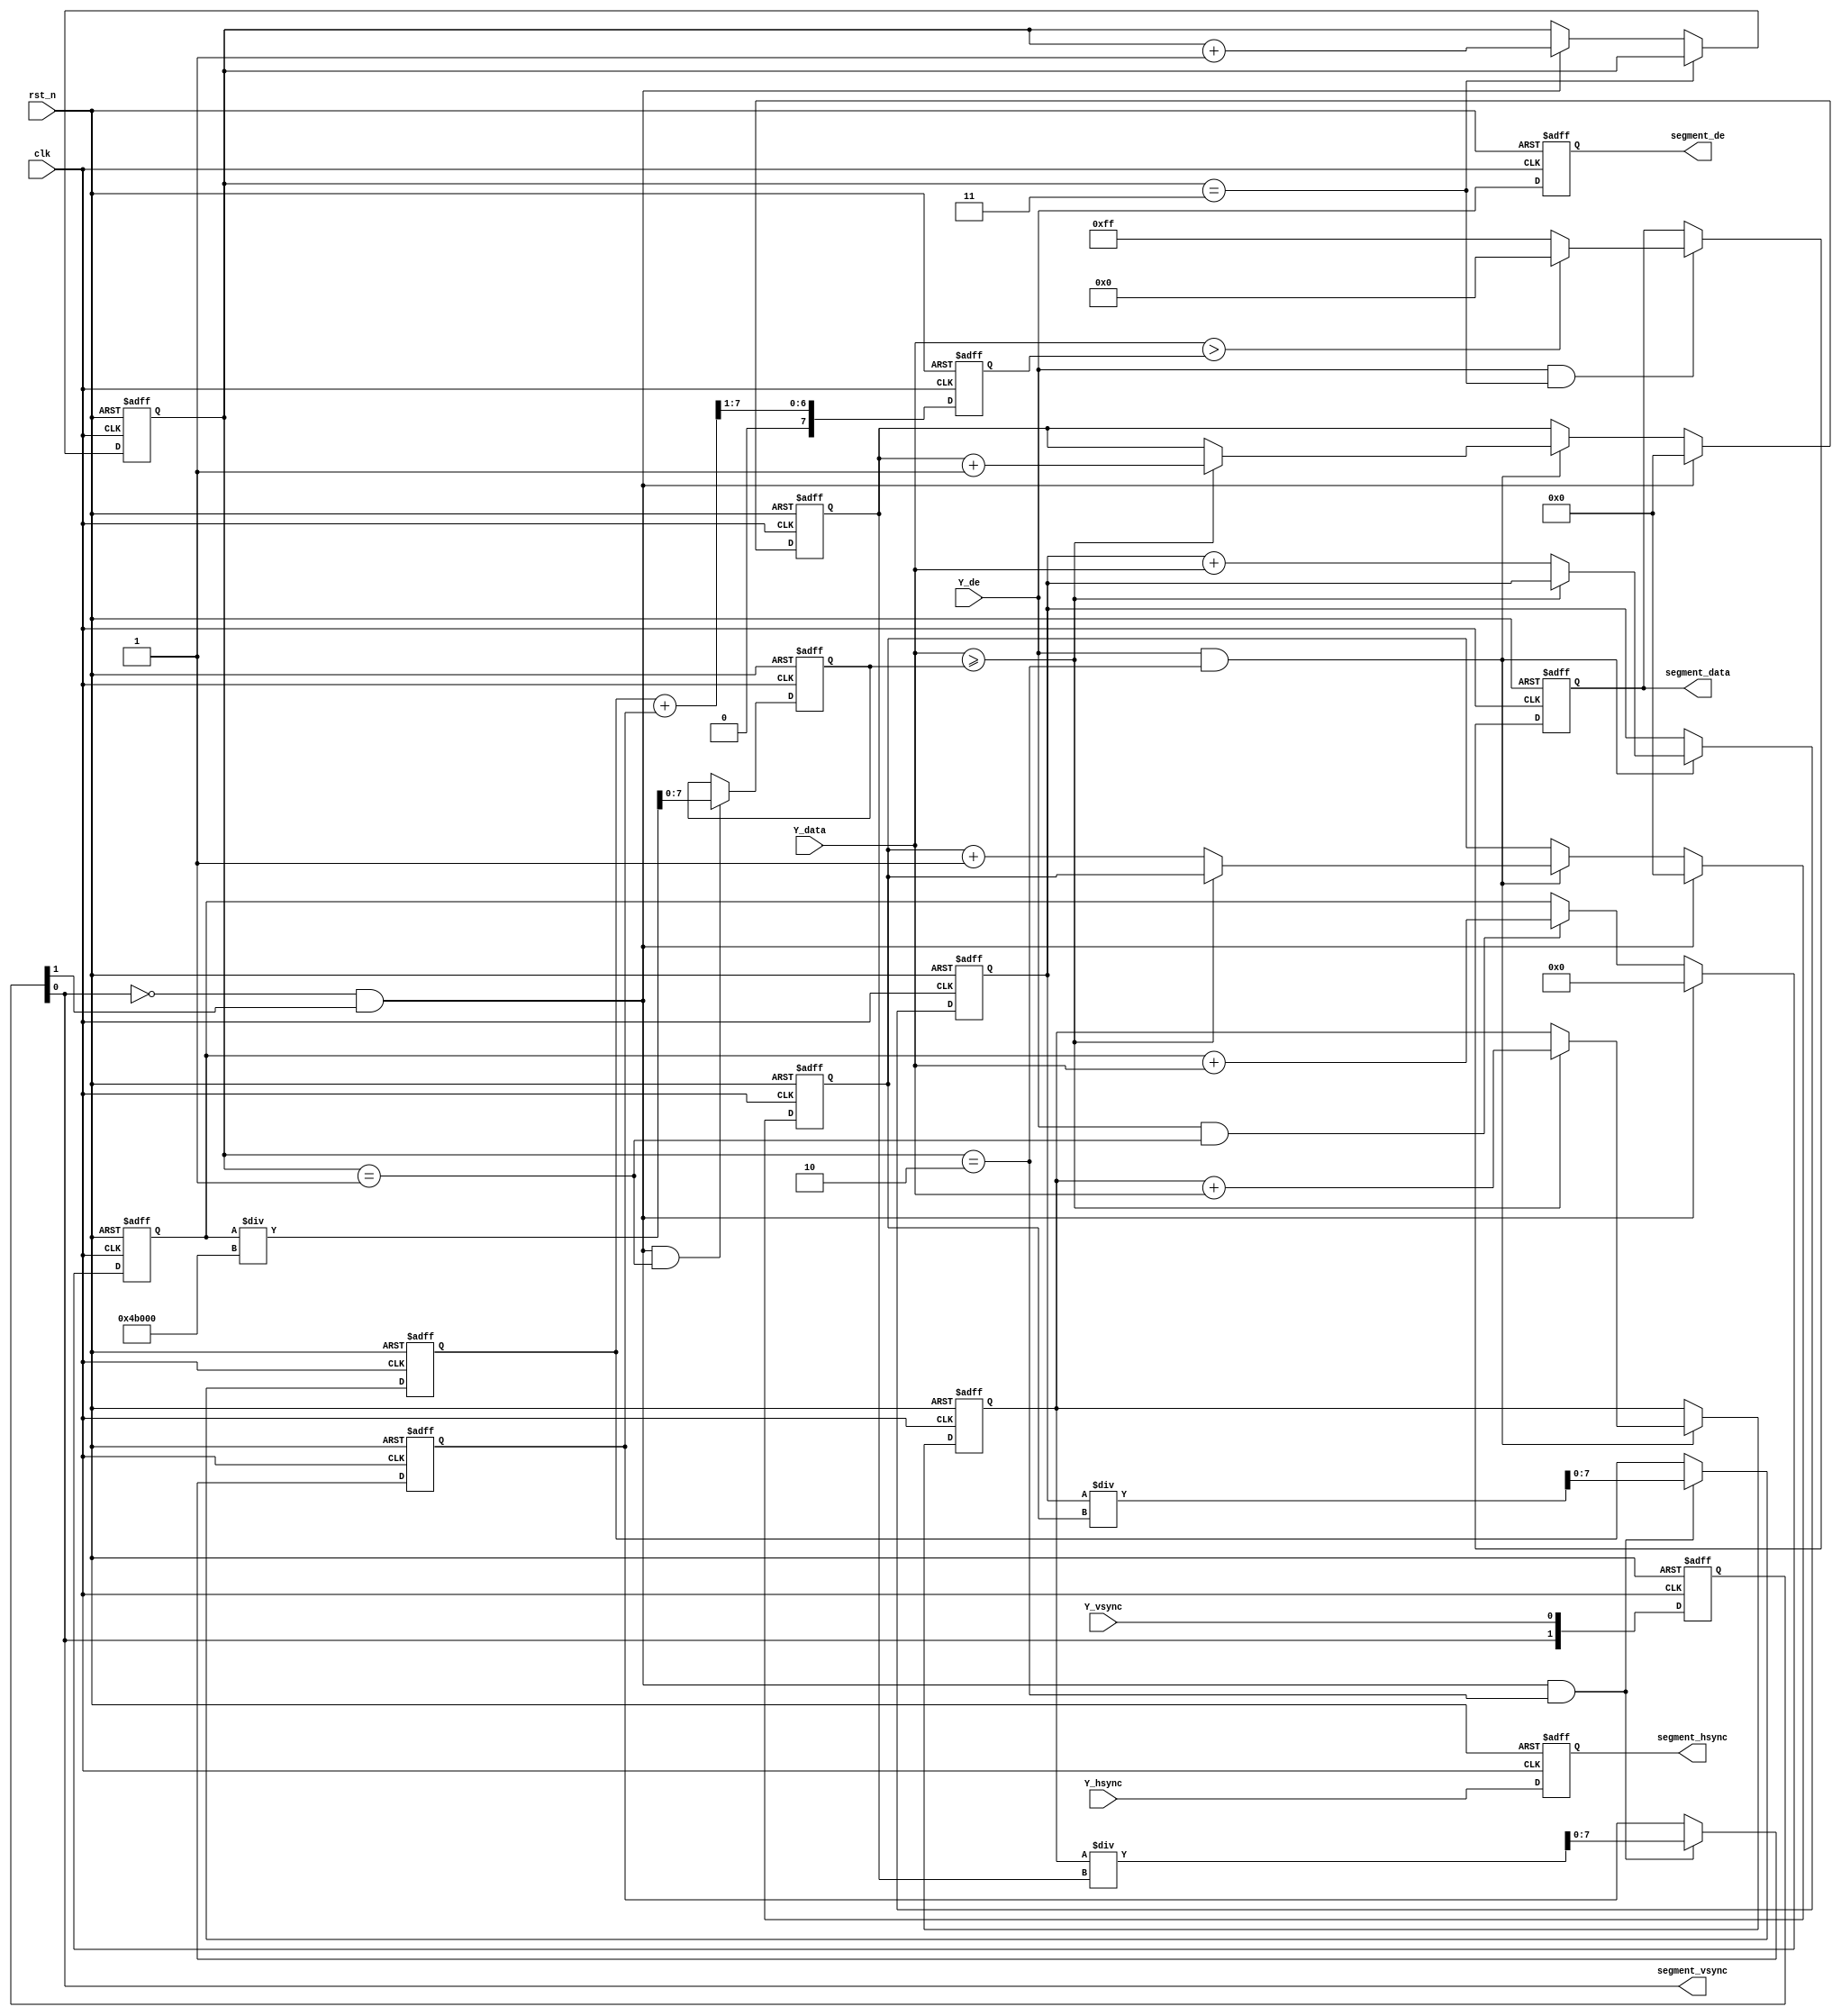
// 

module glb_segment #
(
    parameter H_DISP            = 12'd640       ,   //
    parameter V_DISP            = 12'd480           //
)
(
    input   wire                clk             ,
    input   wire                rst_n           ,
    input   wire                Y_hsync         ,   //Y
    input   wire                Y_vsync         ,   //Y
    input   wire    [ 7:0]      Y_data          ,   //Y
    input   wire                Y_de            ,   //Y

//    input   wire    [ 7:0]      value           ,   //sobel

    output  wire                segment_hsync     ,   //
    output  wire                segment_vsync     ,   //
    output  reg     [ 7:0]      segment_data      ,   //
    output  wire                segment_de            //

);

reg     [31:0]      sum_pixel;
wire    [31:0]      divisor = H_DISP*V_DISP;

//wire                mean_pixel_vld,m1_vld ,m2_vld ;//
//wire    [63:0]      div_out1,div_out2,div_out3;//
reg     [ 7:0]      mean_pixel=8'd0;// 
reg     [ 7:0]      m1_data,m2_data;// 
reg     [31:0]      under_sum,over_sum;
reg     [23:0]      under_sum_cnt,over_sum_cnt;
reg     [ 7:0]      threshold;

//************************************************************//
// 
parameter DLY_CYCLE = 2 ;

reg     [DLY_CYCLE-1:0]      Y_de_d                  ;
reg     [DLY_CYCLE-1:0]      Y_hsync_d               ;
reg     [DLY_CYCLE-1:0]      Y_vsync_d               ;

wire Y_vsync_pedge;
wire Y_vsync_nedge;

// 1clk
// 
always @(posedge clk or negedge rst_n) begin
    if(!rst_n) begin
        Y_de_d    <= {(DLY_CYCLE){1'b0}};
        Y_hsync_d <= {(DLY_CYCLE){1'b0}};
        Y_vsync_d <= {(DLY_CYCLE){1'b0}};
    end
    else begin
        Y_de_d    <= {Y_de_d   [(DLY_CYCLE-2):0],    Y_de};
        Y_hsync_d <= {Y_hsync_d[(DLY_CYCLE-2):0], Y_hsync};
        Y_vsync_d <= {Y_vsync_d[(DLY_CYCLE-2):0], Y_vsync};
    end
end

//assign segment_de    = Y_de_d   [DLY_CYCLE-1];
//assign segment_hsync = Y_hsync_d[DLY_CYCLE-1];
//assign segment_vsync = Y_vsync_d[DLY_CYCLE-1];

assign segment_de    = Y_de_d   [0];
assign segment_hsync = Y_hsync_d[0];
assign segment_vsync = Y_vsync_d[0];

assign Y_vsync_pedge = Y_vsync_d[0] & ~Y_vsync_d[1];
assign Y_vsync_nedge = ~Y_vsync_d[0] & Y_vsync_d[1];

// 3
//reg                     glb_vld         ;   //
reg      [1:0]          frame_cnt         ;   //

always @(posedge clk or negedge rst_n) begin
    if(!rst_n)
        frame_cnt <= 2'd0;
    else if(frame_cnt == 2'd3)
        frame_cnt <= frame_cnt;
    else if(Y_vsync_nedge)
        frame_cnt <= frame_cnt  + 1'b1;
end

//always @(posedge clk) begin
//    if(!rst_n)
//        glb_vld <= 1'b0;
//    else if(frame_cnt == 2'd3)
//        glb_vld <= 1'b1;
//end
//************************************************************//

//************************************************************//
// 
always @(posedge clk or negedge rst_n) begin
    if(!rst_n) begin
        sum_pixel <= 32'd0;
    end
    else if(Y_vsync_nedge)begin
        sum_pixel <= 32'd0;
    end
    else if(Y_de && (frame_cnt == 2'd1))begin
        sum_pixel <= sum_pixel + Y_data;
    end
end
// clk
//div_32bit u1_div_32bit
//(
//    .aclk                   (clk            ),
//    .s_axis_divisor_tvalid  (1'b1           ),
//    .s_axis_divisor_tdata   (divisor        ),
//    .s_axis_dividend_tvalid (Y_vsync_nedge  ),
//    .s_axis_dividend_tdata  (sum_pixel      ),
//
//    .m_axis_dout_tvalid     (mean_pixel_vld ),
//    .m_axis_dout_tdata      (div_out1       )
//);

//div_32bit  div_32bit_inst1
//(
//    .clock      (clk                ),
//    .denom      (divisor            ),// 
//    .numer      (sum_pixel          ),// 
//
//    .quotient   (div_out1[63:32]    ),// 
//    .remain     (div_out1[31:0]     ) // 
//);
always @(posedge clk or negedge rst_n) begin
    if(!rst_n) begin
        mean_pixel <= 8'h00;
    end
    else if(Y_vsync_nedge && (frame_cnt == 2'd1))begin  
        mean_pixel <= sum_pixel / divisor;
    end
end
//assign mean_pixel = mean_pixel_vld ? div_out1[39:32] : mean_pixel;
//assign mean_pixel = div_out1[39:32];
// 
always @(posedge clk or negedge rst_n) begin
    if(!rst_n) begin
        under_sum_cnt <= 24'd0;
        over_sum_cnt  <= 24'd0;
    end
    else if(Y_vsync_nedge) begin
        under_sum_cnt <= 24'd0;
        over_sum_cnt  <= 24'd0;
    end
    else if(Y_de && (frame_cnt == 2'd2))begin
        if (Y_data >= mean_pixel)
            over_sum_cnt  <= over_sum_cnt + 1'b1;
        else
            under_sum_cnt <= under_sum_cnt + 1'b1;
    end
end

always @(posedge clk or negedge rst_n) begin
    if(!rst_n) begin
        under_sum <= 32'd0;
        over_sum  <= 32'd0;
    end
    else if(Y_de && (frame_cnt == 2'd2))begin
        if (Y_data >= mean_pixel)
            over_sum  <= over_sum + Y_data;
        else
            under_sum <= under_sum + Y_data;
    end
end

// clk
//div_32bit u2_div_32bit
//(
//    .aclk                   (clk            ),
//    .s_axis_divisor_tvalid  (1'b1           ),
//    .s_axis_divisor_tdata   (under_sum_cnt  ),
//    .s_axis_dividend_tvalid (Y_vsync_nedge  ),
//    .s_axis_dividend_tdata  (under_sum      ),
//
//    .m_axis_dout_tvalid     (m1_vld         ),
//    .m_axis_dout_tdata      (div_out2       )
//);

//div_32bit  div_32bit_inst2
//(
//    .clock      (clk                ),
//    .denom      (under_sum_cnt      ),// 
//    .numer      (under_sum          ),// 
//
//    .quotient   (div_out2[63:32]    ),// 
//    .remain     (div_out2[31:0]     ) // 
//);

//div_32bit u3_div_32bit
//(
//    .aclk                   (clk            ),
//    .s_axis_divisor_tvalid  (1'b1           ),
//    .s_axis_divisor_tdata   (over_sum_cnt   ),
//    .s_axis_dividend_tvalid (Y_vsync_nedge  ),
//    .s_axis_dividend_tdata  (over_sum       ),
//
//    .m_axis_dout_tvalid     (m2_vld         ),
//    .m_axis_dout_tdata      (div_out3       )
//);

//div_32bit  div_32bit_inst3
//(
//    .clock      (clk                ),
//    .denom      (over_sum_cnt       ),// 
//    .numer      (over_sum           ),// 
//
//    .quotient   (div_out3[63:32]    ),// 
//    .remain     (div_out3[31:0]     ) // 
//);

always @(posedge clk or negedge rst_n) begin
    if(!rst_n) begin
        m1_data <= 8'h00;
    end
    else if(Y_vsync_nedge && (frame_cnt == 2'd2))begin  
        m1_data <= under_sum / under_sum_cnt;
    end
end

always @(posedge clk or negedge rst_n) begin
    if(!rst_n) begin
        m2_data <= 8'h00;
    end
    else if(Y_vsync_nedge && (frame_cnt == 2'd2))begin  
        m2_data <= over_sum / over_sum_cnt;
    end
end

//assign m1_data = m1_vld ? div_out2[39:32] : m1_data;
//assign m2_data = m2_vld ? div_out3[39:32] : m2_data;
//assign m1_data = div_out2[39:32];
//assign m2_data = div_out3[39:32];

// clk
always @(posedge clk or negedge rst_n) begin
    if(!rst_n) begin
        threshold <= 8'h00;
    end
//    else if(m1_vld && m2_vld) begin  
    else begin  
        threshold <= (m1_data + m2_data) >> 1;
    end
end

// 
always @(posedge clk or negedge rst_n) begin
    if(!rst_n) begin
        segment_data <= 8'h00;
    end
    else if(Y_de && (frame_cnt == 2'd3))begin
        segment_data <= (Y_data > threshold) ? 8'h00 : 8'hff;
    end
end

endmodule